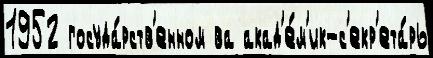
1952 госуда́рств'енном ва акад'е́м'ик-с'екр'ета́рь